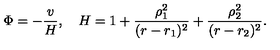
\Phi = - \frac { v } { H } , \quad H = 1 + \frac { \rho _ { 1 } ^ { 2 } } { ( r - r _ { 1 } ) ^ { 2 } } + \frac { \rho _ { 2 } ^ { 2 } } { ( r - r _ { 2 } ) ^ { 2 } } .